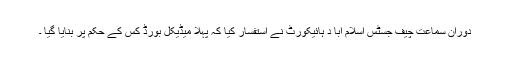
دوران سماعت چیف جسٹس اسلام آبا د ہائیکورٹ نے استفسار کیا کہ پہلا میڈیکل بورڈ کس کے حکم پر بنایا گیا ۔